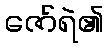
ဇော်ရဲ၏